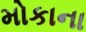
મોકાના